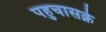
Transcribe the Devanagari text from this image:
पहुचासक्ने